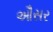
ઔસર